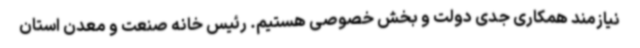
نیازمند همکاری جدی دولت و بخش خصوصی هستیم. رئیس خانه صنعت و معدن استان